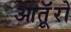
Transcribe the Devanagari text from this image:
आतूॅरो